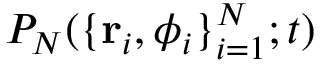
P _ { N } ( \{ \mathbf { r } _ { i } , \phi _ { i } \} _ { i = 1 } ^ { N } ; t )